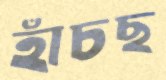
হাঁচছ